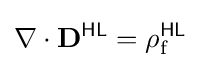
\nabla \cdot \mathbf {D} ^{\textsf {HL}}=\rho _{\text{f}}^{\textsf {HL}}